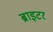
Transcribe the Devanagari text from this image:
ब्राइटर